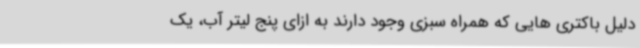
دلیل باکتری هایی که همراه سبزی وجود دارند به ازای پنج لیتر آب، یک